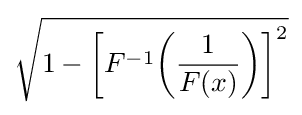
{\sqrt {1-{\bigg [}F^{-1}{\bigg (}{\frac {1}{F(x)}}{\bigg )}{\bigg ]}^{2}}}